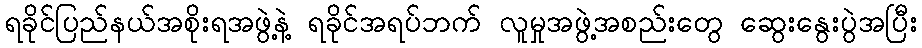
ရခိုင်ပြည်နယ်အစိုးရအဖွဲ့နဲ့ ရခိုင်အရပ်ဘက် လူမှုအဖွဲ့အစည်းတွေ ဆွေးနွေးပွဲအပြီး